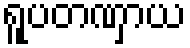
ရူပတဏှာယ